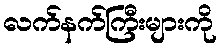
လက်နက်ကြီးများကို